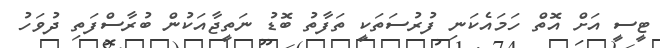
ޓީސީ އަށް އޮތް ހަމައެކަނި ފުރުސަތަކީ ތަފާތު ބޮޑު ނަތީޖާއަކުން ބުރާސްފަތި ދުވަހު